Civil Veterinary Dept. Bombay admin report 1932-41 - 1932-1941
Year: 1932
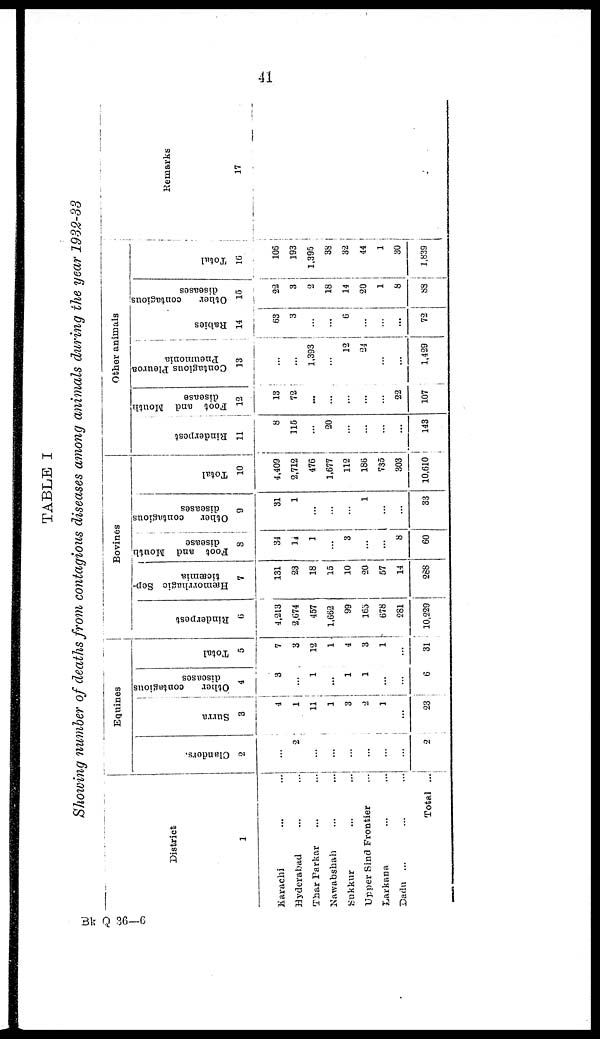
41
TABLE I
Showing number of deaths from contagious diseases among animals during the year 1932-33
District
1
Karachi ... ...
Hyderabad … …
Thar Parkar ... ...
Nawabshah ... ...
Sukkur ... ...
Upper Sind Frontier …
Larkana ... ...
Dadn ... ... ...
Total ...
Equines
Clanders.
2
…
2
…
…
...
…
…
…
2
Surra
3
4
1
11
1
3
2
1
…
23
Other
contagious
diseases
4
3
…
1
…
1
1
...
…
6
Total
5
7
3
12
1
4
3
1
…
31
Bovines
Rinderpest
6
4,213
2,674
457
1,662
99
165
678
281
10,229
Hæmorrhagic Sep-
ticæmia
7
131
23
18
15
10
20
57
14
288
Foot and Mouth
disease
8
34
14
1
…
3
...
...
8
60
Other contagious
diseases
9
31
1
...
…
…
1
...
…
33
Total
10
4,409
2,712
476
1.677
112
186
735
303
10,610
Other animals
Rinderpest
11
8
115
...
20
…
...
…
...
143
Foot and Mouth
disease
12
13
72
...
...
…
...
…
22
107
Contagious Pleuroa
Pneumonia
13
...
...
1,393
...
12
24
...
...
1,429
Babies
14
63
3
…
…
6
…
…
...
72
Other
contagious
diseases
15
22
3
2
18
14
20
1
8
88
Total
16
106
193
1,395
38
32
44
1
30
1,839
Remarks
17
Bk Q 36—6